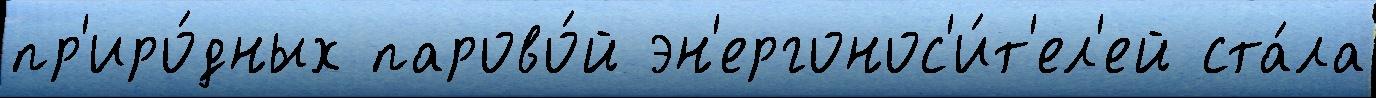
пр'иро́дных парово́й эн'ергонос'и́т'ел'ей ста́ла